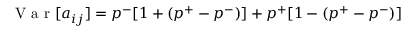
\mathrm { ~ V ~ a ~ r ~ } [ a _ { i j } ] = p ^ { - } [ 1 + ( p ^ { + } - p ^ { - } ) ] + p ^ { + } [ 1 - ( p ^ { + } - p ^ { - } ) ]